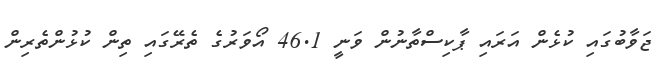
ޖަވާބުގައި ކުޅެން އަރައި ޕާކިސްތާނުން ވަނީ 46.1 އޯވަރުގެ ތެރޭގައި ތިން ކުޅުންތެރިން